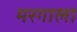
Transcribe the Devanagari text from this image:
मरगाला